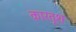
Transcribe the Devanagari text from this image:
कारतूश